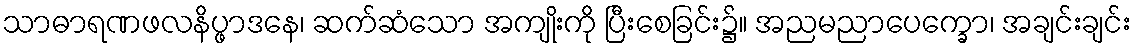
သာဓာရဏဖလနိပ္ဖာဒနေ၊ ဆက်ဆံသော အကျိုးကို ပြီးစေခြင်း၌။ အညမညာပေက္ခော၊ အချင်းချင်း